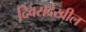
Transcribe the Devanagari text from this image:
दिवसदेखील